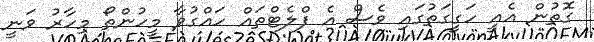
ގޮތުން އެއީ ހަގީގަތުގައި ވެސް އެ ފްލެޓްތައް ހައްގުވާ މީހުންތޯ މިހާރު ވަނީ